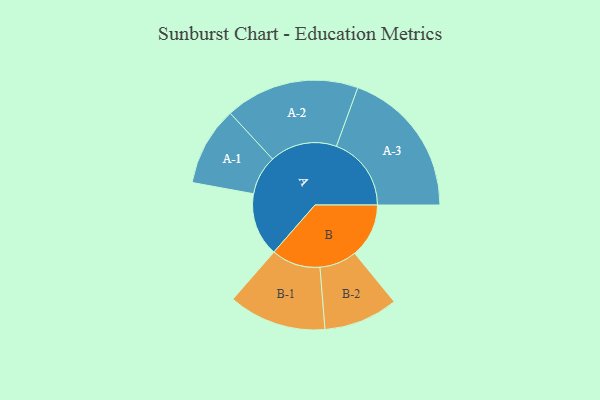
{"axis": {"x": "Segment", "y": "Value"}, "legend": ["", "A", "B"], "data": [{"x": "A", "y": 254, "type": ""}, {"x": "B", "y": 217, "type": ""}, {"x": "A-1", "y": 158, "type": "A"}, {"x": "A-2", "y": 269, "type": "A"}, {"x": "A-3", "y": 300, "type": "A"}, {"x": "B-1", "y": 196, "type": "B"}, {"x": "B-2", "y": 149, "type": "B"}]}